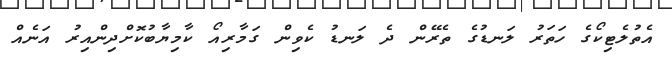
އެތުލެޓިކޯގެ ހަތަރު ލަނޑުގެ ތެރޭން ދެ ލަނޑު ކެވިން ގަމާރިއޯ ކާމިޔާބުކޮށްދިންއިރު އަނެއް